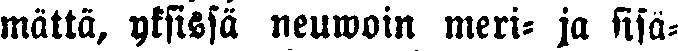
mättä, yksissä neuwoin meri- ja sisä-